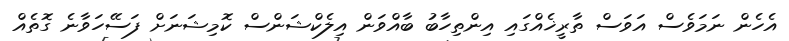
އެހެން ނަމަވެސް އަވަސް ތާރީޚެއްގައި އިންތިހާބު ބާއްވަން އިލެކްޝަންސް ކޮމިޝަނަށް ފަސޭހަވާނެ ގޮތެއް